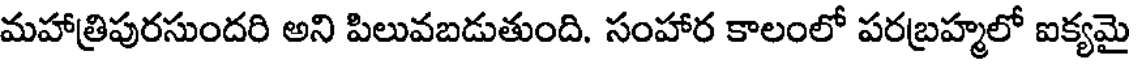
మహాత్రిపురసుందరి అని పిలువబడుతుంది. సంహార కాలంలో పరబ్రహ్మలో ఐక్యమై